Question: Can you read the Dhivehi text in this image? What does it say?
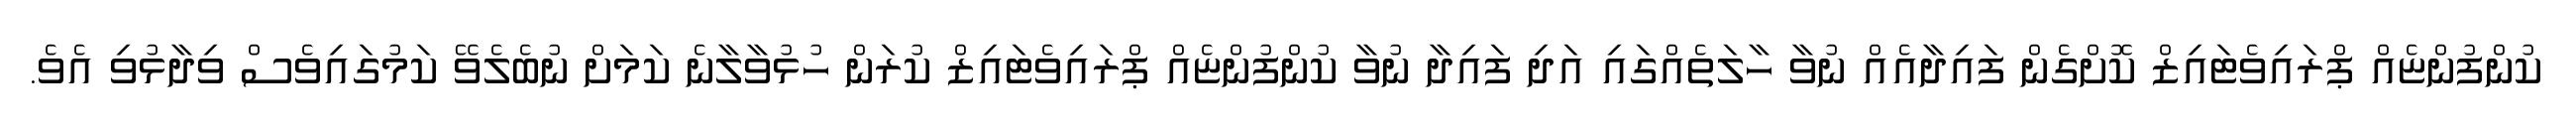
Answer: ކުންފުންޏެއް ޕްރައިވެޓައިޒް ކޮށްގެން ފައިދާއެއް ނުވާ ހާލަތެއްގައި އަދި ފައިދާ ނުވާ ކުންފުންޏެއް ޕްރައިވެޓައިޒް ކުރަން ހުޅުވާލާނެ ކަމަށް ނުބެލެވޭ ކަމުގައިވެސް ވިދާޅުވި އެވެ.